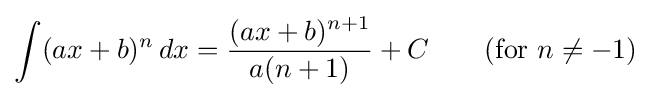
\int (ax+b)^{n}\,dx={\frac {(ax+b)^{n+1}}{a(n+1)}}+C\qquad {\text{(for }}n\neq -1{\text{)}}